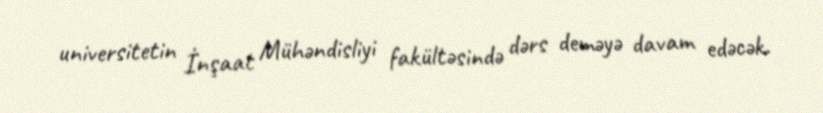
universitetin İnşaat Mühəndisliyi fakültəsində dərs deməyə davam edəcək.